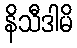
နိသီဒါမိ